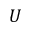
U